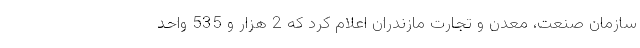
سازمان صنعت، معدن و تجارت مازندران اعلام کرد که 2 هزار و 535 واحد